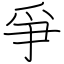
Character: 爭